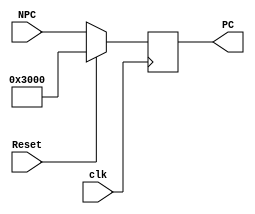
`timescale 1ns / 1ps
module pc(
    input clk,                       //
    input Reset,                     //
    input [31:0]  NPC,               //PC
    output reg [31:0] PC            //PC
    );

    always@(posedge clk)
    begin
        if (Reset)                     //Reset = 1 
            begin
                PC <= 32'h0000_3000; 
            end
        else
            begin
                PC <= NPC;
            end
    end
endmodule